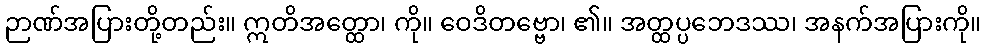
ဉာဏ်အပြားတို့တည်း။ ဣတိအတ္ထော၊ ကို။ ဝေဒိတဗ္ဗော၊ ၏။ အတ္ထပ္ပဘေဒဿ၊ အနက်အပြားကို။